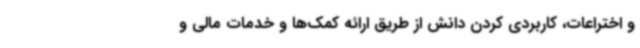
و اختراعات، کاربردی کردن دانش از طریق ارائه کمک‌ها و خدمات مالی و